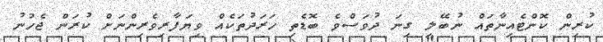
ކުރިން ކޮންޓެއިނާތައް ނުބޭލި ގިނަ ދުވަސްވެ ބޮޑެތި ހަރަދުތަކެއް ވިޔަފާރިވެރިންނަށް ކުރަން ޖެހުނު